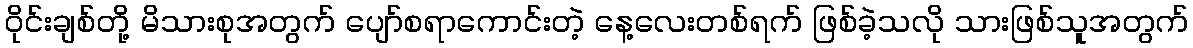
ဝိုင်းချစ်တို့ မိသားစုအတွက် ပျော်စရာကောင်းတဲ့ နေ့လေးတစ်ရက် ဖြစ်ခဲ့သလို သားဖြစ်သူအတွက်